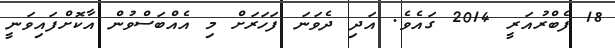
18 ފެބްރުއަރީ 2014 ގައެވެ. އަދި ދެވަނަ ފަހަރަށް މި އެއްބަސްވުން އާކޮށްފައިވަނީ